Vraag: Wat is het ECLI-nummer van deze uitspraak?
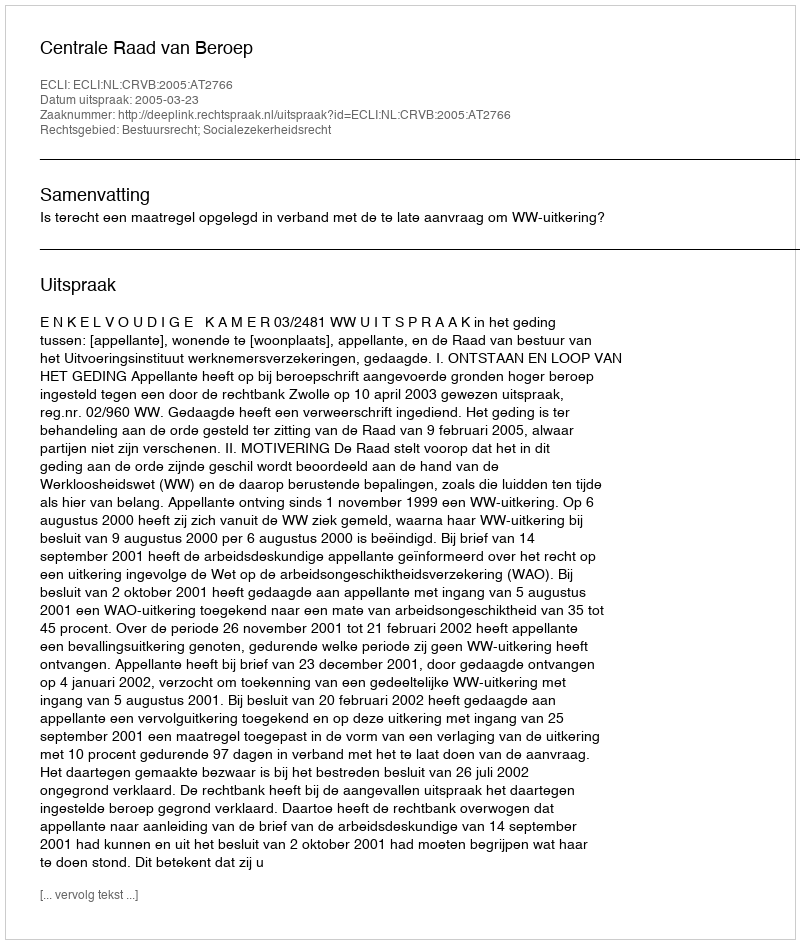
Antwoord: ECLI:NL:CRVB:2005:AT2766